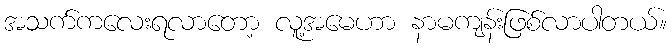
အသက်ကလေးရလာတော့ လူ့အမေဟာ နာမကျန်းဖြစ်လာပါတယ်။